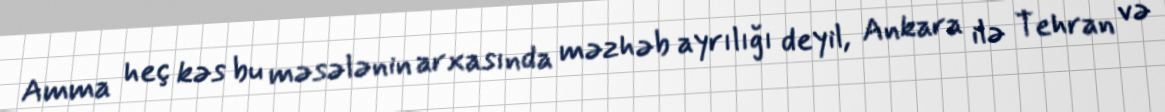
Amma heç kəs bu məsələnin arxasında məzhəb ayrılığı deyil, Ankara ilə Tehran və